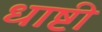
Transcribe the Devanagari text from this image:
धाष्टी